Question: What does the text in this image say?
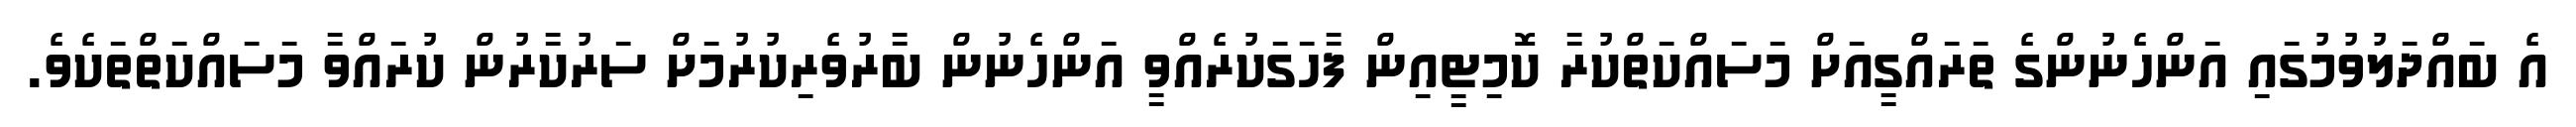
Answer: އެ ބައްދަލުވުމުގައި އަންހެނުންގެ ތަރައްގީއަށް މަސައްކަތްކުރާ ކޮމިޓީއިން ފާހަގަކުރެއްވީ އަންހެނުން ބާރުވެރިކުރުމަށް ސަރުކާރުން ކުރައްވާ މަސައްކަތްތަކެވެ.